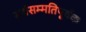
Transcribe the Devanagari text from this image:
सर्वसम्मतिपूर्वक